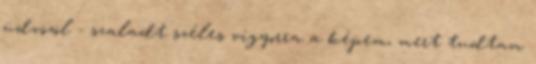
üdvözöl - szaladt széles vigyorra a képem, mert tudtam